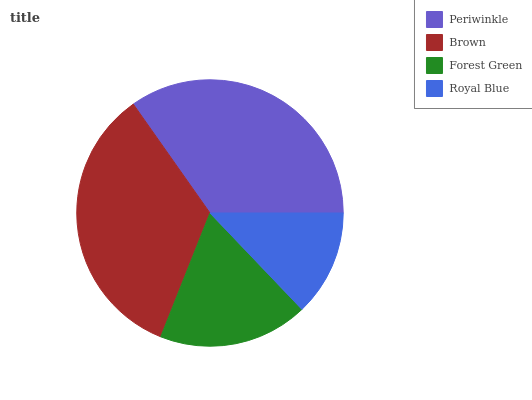
| Periwinkle | Brown | Forest Green | Royal Blue |
 | --- | --- | --- | --- |
 | 34.7% | 34.2% | 18.2% | 12.9% |